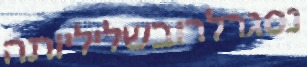
נסגרלרובשליליותה